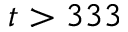
t > 3 3 3